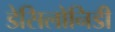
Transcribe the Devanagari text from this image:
डेसिलोनिडी